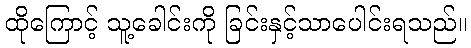
ထိုကြောင့် သူ့ခေါင်းကို ခြင်းနှင့်သာပေါင်းရသည်။